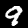
Digit: 9